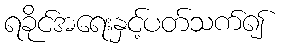
ရခိုင်အရေးနှင့်ပတ်သက်၍